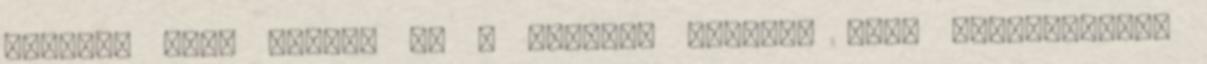
„üljön” Csak akkor, ha a babával vagyunk SIDS „büfiztetés”